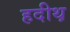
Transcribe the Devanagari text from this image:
हदीथ़